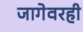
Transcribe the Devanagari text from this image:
जागेवरही